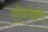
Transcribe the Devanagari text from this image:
एनिजेइक